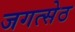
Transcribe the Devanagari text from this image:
जगत्सेठ